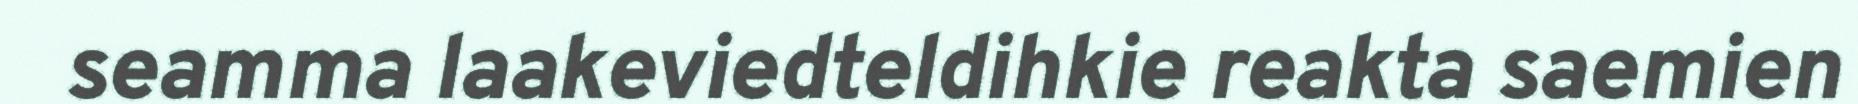
seamma laakeviedteldihkie reakta saemien